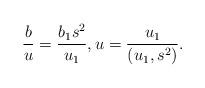
LaTeX: \begin{align*} \frac bu = \frac {b_1s^2}{u_1}, u = \frac {u_1}{(u_1,s^2)}. \end{align*}